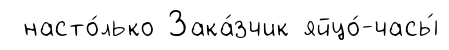
насто́лько Зака́зчик яйцо́-часы́